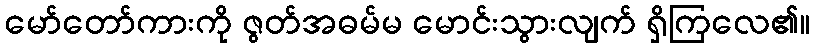
မော်တော်ကားကို ဇွတ်အဓမ်မ မောင်းသွားလျက် ရှိကြလေ၏။